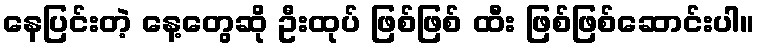
နေပြင်းတဲ့ နေ့တွေဆို ဦးထုပ် ဖြစ်ဖြစ် ထီး ဖြစ်ဖြစ်ဆောင်းပါ။